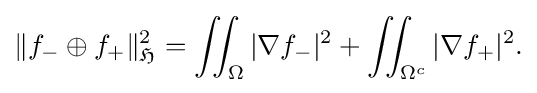
\displaystyle {\|f_{-}\oplus f_{+}\|_{\mathfrak {H}}^{2}=\iint _{\Omega }|\nabla f_{-}|^{2}+\iint _{\Omega ^{c}}|\nabla f_{+}|^{2}.}